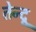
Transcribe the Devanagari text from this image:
तेन्दू